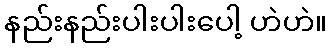
နည်းနည်းပါးပါးပေါ့ ဟဲဟဲ။